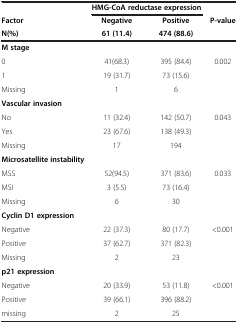
<table><thead><tr><td>[EMPTY_CELL]</td><td colspan="2"><b>HMG-CoA reductase expression</b></td><td>[EMPTY_CELL]</td></tr><tr><td><b>Factor</b></td><td><b>Negative</b></td><td><b>Positive</b></td><td rowspan="2"><b>P-value</b></td></tr><tr><td><b>N(%)</b></td><td><b>61 (11.4)</b></td><td><b>474 (88.6)</b></td></tr></thead><tbody><tr><td><b>M stage</b></td><td>[EMPTY_CELL]</td><td>[EMPTY_CELL]</td><td>[EMPTY_CELL]</td></tr><tr><td>0</td><td>41(68.3)</td><td>395 (84.4)</td><td>0.002</td></tr><tr><td>1</td><td>19 (31.7)</td><td>73 (15.6)</td><td>[EMPTY_CELL]</td></tr><tr><td>Missing</td><td>1</td><td>6</td><td>[EMPTY_CELL]</td></tr><tr><td><b>Vascular invasion</b></td><td>[EMPTY_CELL]</td><td>[EMPTY_CELL]</td><td>[EMPTY_CELL]</td></tr><tr><td>No</td><td>11 (32.4)</td><td>142 (50.7)</td><td>0.043</td></tr><tr><td>Yes</td><td>23 (67.6)</td><td>138 (49.3)</td><td>[EMPTY_CELL]</td></tr><tr><td>Missing</td><td>17</td><td>194</td><td>[EMPTY_CELL]</td></tr><tr><td><b>Microsatellite instability</b></td><td>[EMPTY_CELL]</td><td>[EMPTY_CELL]</td><td>[EMPTY_CELL]</td></tr><tr><td>MSS</td><td>52(94.5)</td><td>371 (83.6)</td><td>0.033</td></tr><tr><td>MSI</td><td>3 (5.5)</td><td>73 (16.4)</td><td>[EMPTY_CELL]</td></tr><tr><td>Missing</td><td>6</td><td>30</td><td>[EMPTY_CELL]</td></tr><tr><td><b>Cyclin D1 expression</b></td><td>[EMPTY_CELL]</td><td>[EMPTY_CELL]</td><td>[EMPTY_CELL]</td></tr><tr><td>Negative</td><td>22 (37.3)</td><td>80 (17.7)</td><td>&lt;0.001</td></tr><tr><td>Positive</td><td>37 (62.7)</td><td>371 (82.3)</td><td>[EMPTY_CELL]</td></tr><tr><td>Missing</td><td>2</td><td>23</td><td>[EMPTY_CELL]</td></tr><tr><td><b>p21 expression</b></td><td>[EMPTY_CELL]</td><td>[EMPTY_CELL]</td><td>[EMPTY_CELL]</td></tr><tr><td>Negative</td><td>20 (33.9)</td><td>53 (11.8)</td><td>&lt;0.001</td></tr><tr><td>Positive</td><td>39 (66.1)</td><td>396 (88.2)</td><td>[EMPTY_CELL]</td></tr><tr><td>missing</td><td>2</td><td>25</td><td>[EMPTY_CELL]</td></tr></tbody></table>